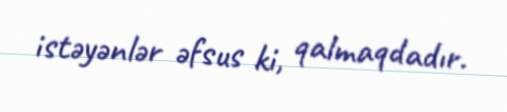
istəyənlər əfsus ki, qalmaqdadır.